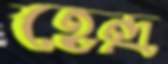
হেন্দ্র